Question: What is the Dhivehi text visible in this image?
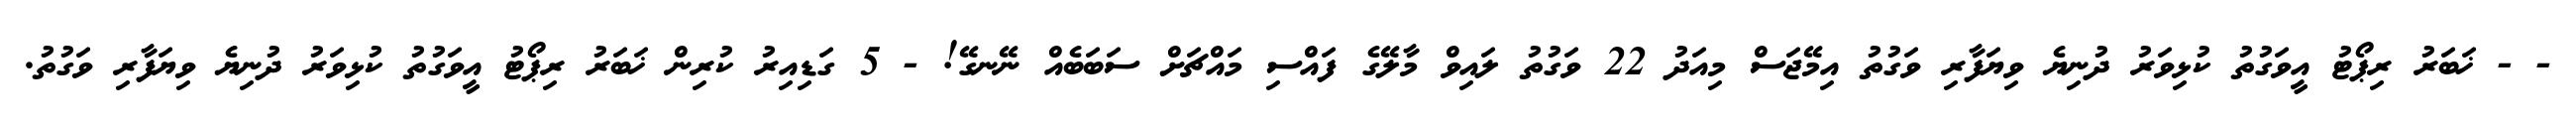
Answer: - - ޚަބަރު ރިޕޯޓު އީވަގުތު ކުޅިވަރު ދުނިޔެ ވިޔަފާރި ވަގުތު އިމޭޖަސް މިއަދު 22 ވަގުތު ލައިވް މާލޭގެ ފައްސި މައްޗަށް ސަބަބެއް ނޭނގޭ! - 5 ގަޑިއިރު ކުރިން ޚަބަރު ރިޕޯޓު އީވަގުތު ކުޅިވަރު ދުނިޔެ ވިޔަފާރި ވަގުތު.